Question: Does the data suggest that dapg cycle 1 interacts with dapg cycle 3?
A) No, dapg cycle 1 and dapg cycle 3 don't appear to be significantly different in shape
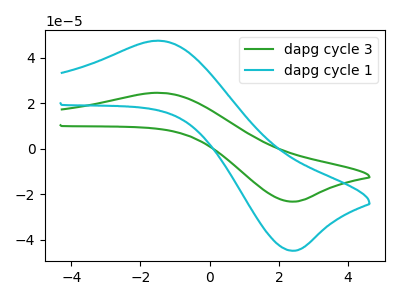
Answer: <think>The green curve "dapg cycle 3" has an anodic peak at (-1.50V, 24.65uA) and a cathodic peak at (2.50V, -23.25uA). The cyan curve "dapg cycle 1" has an anodic peak at (-1.50V, 47.55uA) and a cathodic peak at (2.50V, -44.85uA).
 All the peaks in "dapg cycle 1" have a peak in "dapg cycle 3" at the same potential. Every peak in "dapg cycle 1" is higher than every peak in "dapg cycle 3".</think>
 <answer>A) No, "dapg cycle 1" and "dapg cycle 3" don't appear to be significantly different in shape</answer>
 <eval>A</eval>